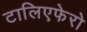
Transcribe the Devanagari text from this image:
टालिएफेरो